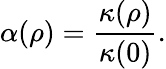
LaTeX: \alpha(\rho)=\frac{\kappa(\rho)}{\kappa(0)}.